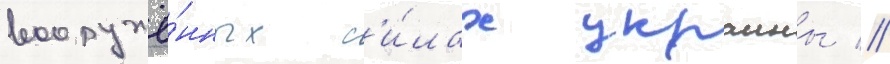
вооружё́нных с'и́лах украины //